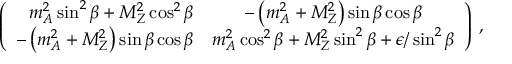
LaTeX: \left( \begin{array} { r c } { { m _ { A } ^ { 2 } \sin ^ { 2 } \beta + M _ { Z } ^ { 2 } \cos ^ { 2 } \beta } } & { { - \left( m _ { A } ^ { 2 } + M _ { Z } ^ { 2 } \right) \sin \beta \cos \beta } } \\ { { - \left( m _ { A } ^ { 2 } + M _ { Z } ^ { 2 } \right) \sin \beta \cos \beta } } & { { m _ { A } ^ { 2 } \cos ^ { 2 } \beta + M _ { Z } ^ { 2 } \sin ^ { 2 } \beta + \epsilon / \sin ^ { 2 } \beta } } \end{array} \right) \; ,